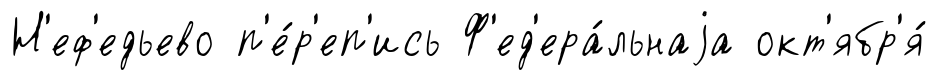
Н'еф'едьево п'е́р'еп'ись Ф'ед'ера́льнаjа окт'ябр'я́